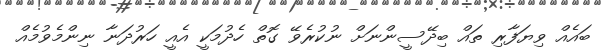
ބައެއް ވިޔަފާރި ތައް ބިދޭސީންނަށް ނުކުރެވޭ ގޮތް ހެދުމަކީ އެއީ ހަރުދަނާ ނިންމެވުމެއް